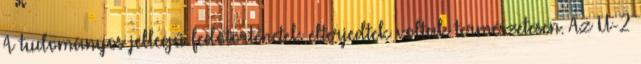
A tudományos jellegű fedőtörténetek elterjedtek voltak természetesen. Az U-2